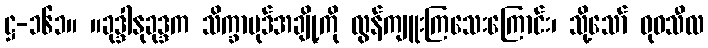
ဋ္ဌ-၁၆၁။ ။ခုဒ္ဒါနုခုဒ္ဒက သိက္ခာပုဒ်အချို့ကို လွန်ကျူးကြသေးကြောင်း၊ သို့သော် ဓုဝသီလ